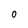
Character: 0